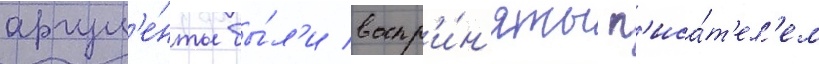
аргум'е́нты бы́л'и воспр'и́н'яты п'иса́т'ел'ем